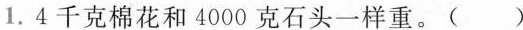
1.4千克棉花和4000克石头一样重。( )